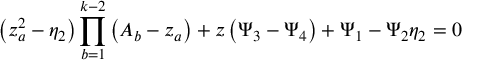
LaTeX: \left( z _ { a } ^ { 2 } - \eta _ { 2 } \right) \prod _ { b = 1 } ^ { k - 2 } \left( A _ { b } - z _ { a } \right) + z \left( \Psi _ { 3 } - \Psi _ { 4 } \right) + \Psi _ { 1 } - \Psi _ { 2 } \eta _ { 2 } = 0